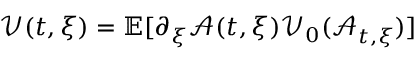
\mathcal { V } ( t , \xi ) = \mathbb { E } [ \partial _ { \xi } \mathcal { A } ( t , \xi ) \mathcal { V } _ { 0 } ( \mathcal { A } _ { t , \xi } ) ]